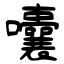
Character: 囔